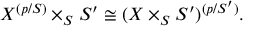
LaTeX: X ^ { ( p / S ) } \times _ { S } S ^ { \prime } \cong ( X \times _ { S } S ^ { \prime } ) ^ { ( p / S ^ { \prime } ) } .